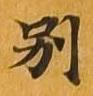
別